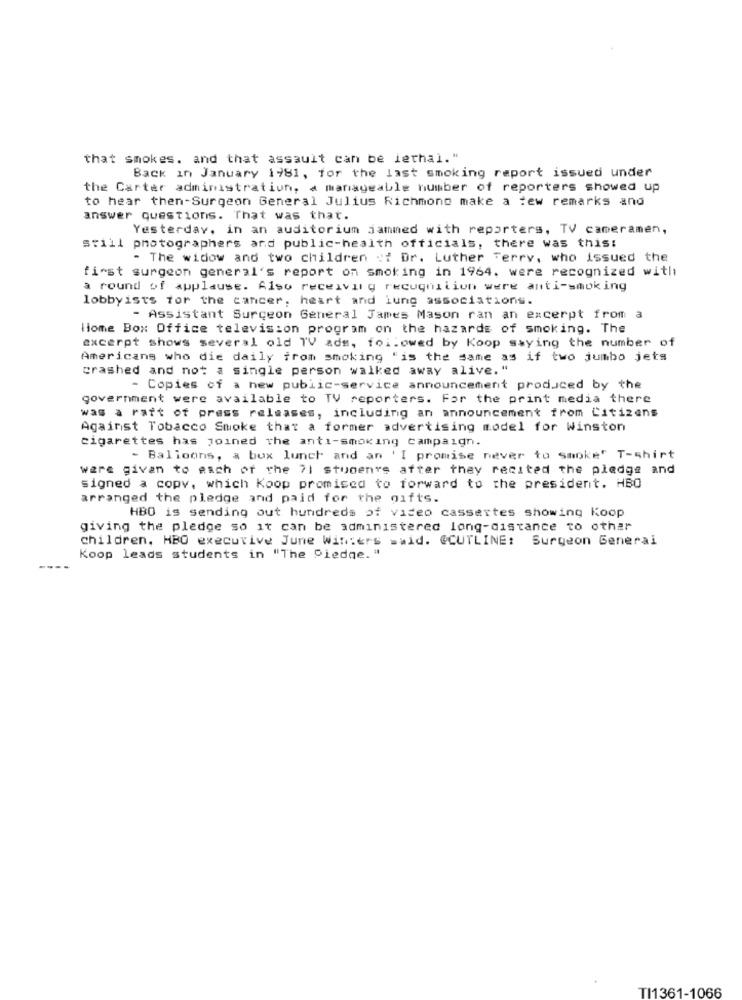
that smokes. and that assault can be lethal."
Back in January 1981, for the last smoking report issued under
the Carter administration, a manageable number of reporters showed up
to hear then-Surgeon General Julius Richmono make a few remarks and
answer questions. That was that.
Yesterday, in an auditorium jammed with reporters, TV cameramen,
still photographers and public-health officials, there was this:
- The widow and two children of Dr. Luther Terry, who issued the
first surgeon general's report on smoking in 1964. were recognized with
a round of applause. Also receiving recognition were anti-smoking
lobbyists for the cancer, heart and lung associations.
- Assistant Surgeon General James Mason ran an excerpt from a
liome Box Office television program on the hazards of smoking. The
excerpt shows several old TV ads, followed by Koop saying the number of
Americans who die daily from smoking "is the same as if two jumbo jets
crashed and not a single person walked away alive. "
- Copies of a new public-service announcement produced by the
government were available to TV reporters. For the print media there
was a raft of press releases, including an announcement from Citizens
Against Tobacco Smoke that a former advertising model for Winston
cigarettes has joined the anti-smoking campaign.
- Balloons, a box lunch and an 'I promise never to smoke' T-shirt
were given to each of the 71 students after they recited the pledge and
signed a copy, which Koop promised to forward to the president. HBO
arranged the pledge and paid for the gifts.
HBO is sending out hundreds of video cassertes showing Koop
giving the pledge so it can be administered long-distance to other
children, HBO executive June Winters =wid. @CUTLINE: Surgeon General
Koop leads students in "The Pledge. "
TI1361-1066